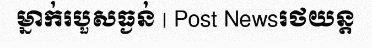
ម្នាក់របួសធ្ងន់ | Post Newsរថយន្ត